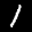
Label: 1